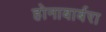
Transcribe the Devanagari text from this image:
होनाबार्बरा